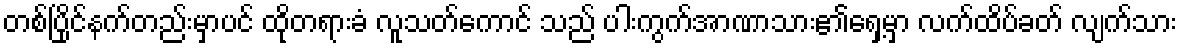
တစ်ပြိုင်နက်တည်းမှာပင် ထိုတရားခံ လူသတ်ကောင် သည် ပါးကွက်အာဏာသား၏ရှေ့မှာ လက်ထိပ်ခတ် လျက်သား